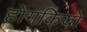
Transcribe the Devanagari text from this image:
होंगकियो